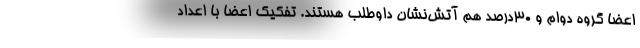
اعضا گروه دوام و 30درصد هم آتش‌نشان داوطلب هستند. تفکیک اعضا با اعداد